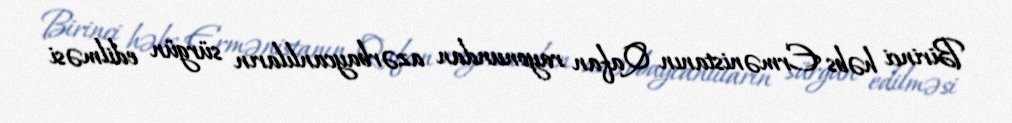
Birinci həbs Ermənistanın Qafan rayonundan azərbaycanlıların sürgün edilməsi